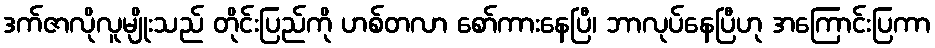
ဒက်ဇာလိုလူမျိုးသည် တိုင်းပြည်ကို ဟစ်တလာ စော်ကားနေပြီ၊ ဘာလုပ်နေပြီဟု အကြောင်းပြကာ